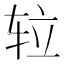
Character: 䢂